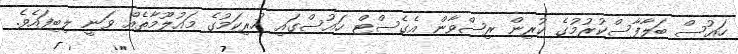
ހައުސް ބަލާފާސްކުރުމުގެ ކުރިން ރިޟްވާން އެގެސްޓް ހައުސްގައި ހުރިކަމުގެ މައުލޫމާތެއް ވަނީ ލިބިފައެވެ.